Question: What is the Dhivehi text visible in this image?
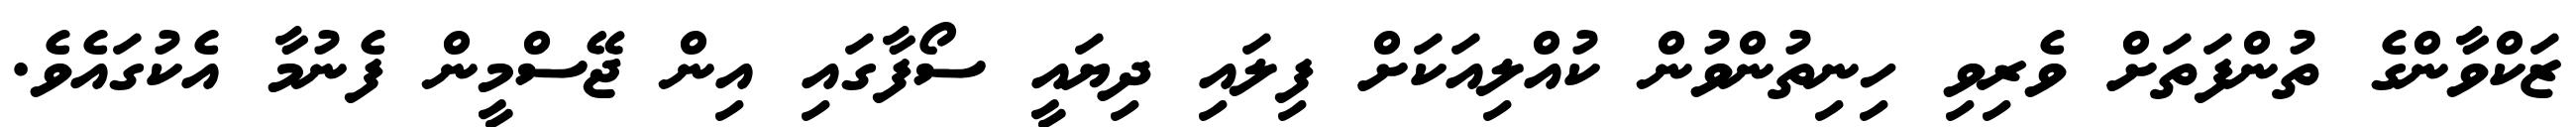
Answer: ޒަކްވާންގެ ތުންފަތަށް ވެރިވި ހިނިތުންވުން ކުއްލިއަކަށް ފިލައި ދިޔައީ ސޯފާގައި އިން ޖޭސްމީން ފެނުމާ އެކުގައެވެ.